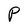
Character: P